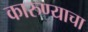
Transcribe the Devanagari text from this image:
कारुण्याचा